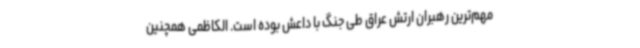
مهم‌ترین رهبران ارتش عراق طی جنگ با داعش بوده است. الکاظمی همچنین